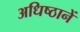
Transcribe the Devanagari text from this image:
अधिष्ठानें